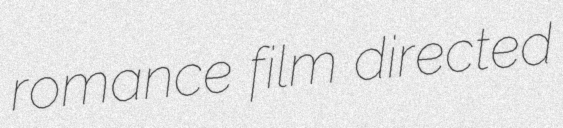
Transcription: romance film directed